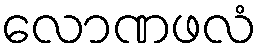
လောဏဖလံ